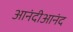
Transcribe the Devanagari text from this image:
आनंदीआनंद